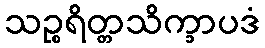
သဉ္စရိတ္တသိက္ခာပဒံ